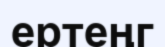
ертеңг